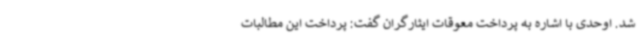
شد. اوحدی با اشاره به پرداخت معوقات ایثارگران گفت: پرداخت این مطالبات